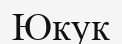
Юкук